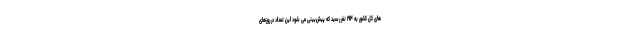
های کل کشور به ١٩۴ نفر رسید که پیش‌بینی می شود این تعداد در روزهای